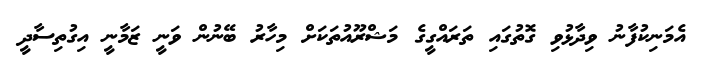
އެމަނިކުފާނު ވިދާޅުވި ގޮތުގައި ތަރައްގީގެ މަޝްރޫއުތަކަށް މިހާރު ބޭނުން ވަނީ ޒަމާނީ އިގުތިސާދީ